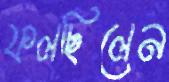
ফলছিলেন